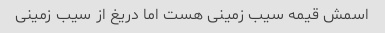
اسمش قیمه سیب زمینی هست اما دریغ از سیب زمینی